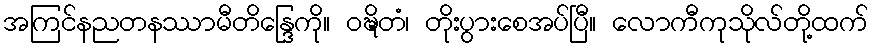
အကြင်နညတနဿာမီတိန္ဒြေကို။ ဝဍ္ဎိတံ၊ တိုးပွားစေအပ်ပြီ။ လောကီကုသိုလ်တို့ထက်